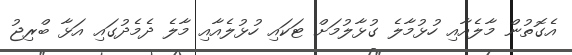
އެގޮތުން މާލެއާއި ހުޅުމާލެ ގުޅާލުމަށް ޓަކައި ހުޅުލެއާއި މާލެ ދެމެދުގައި އަޅާ ބްރިޖު